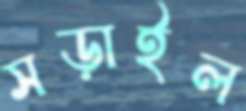
সড়াইল